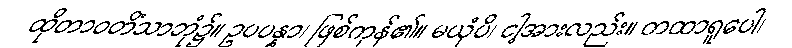
ထိုတာဝတိံသာဘုံ၌။ ဥပပန္နာ၊ ဖြစ်ကုန်၏။ မယှံပိ၊ ငါ့အားလည်း။ တထာရူပေါ၊